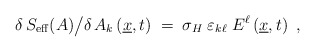
\begin{align*}\delta\,S_{\rm eff} (A) \big/ \delta\,A_k \left( \underline{x}, t\right) \;=\; \sigma_H\;\varepsilon_{k\ell}\;E^\ell \left( \underline{x},t\right)~, \end{align*}